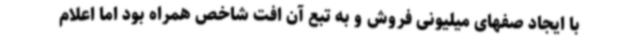
با ایجاد صفهای میلیونی فروش و به تبع آن افت شاخص همراه بود اما اعلام